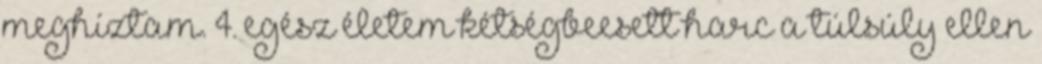
meghíztam. 4. egész életem kétségbeesett harc a túlsúly ellen